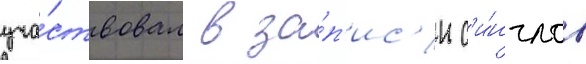
уча́ствовал в за́п'ис'и с'и́нглов